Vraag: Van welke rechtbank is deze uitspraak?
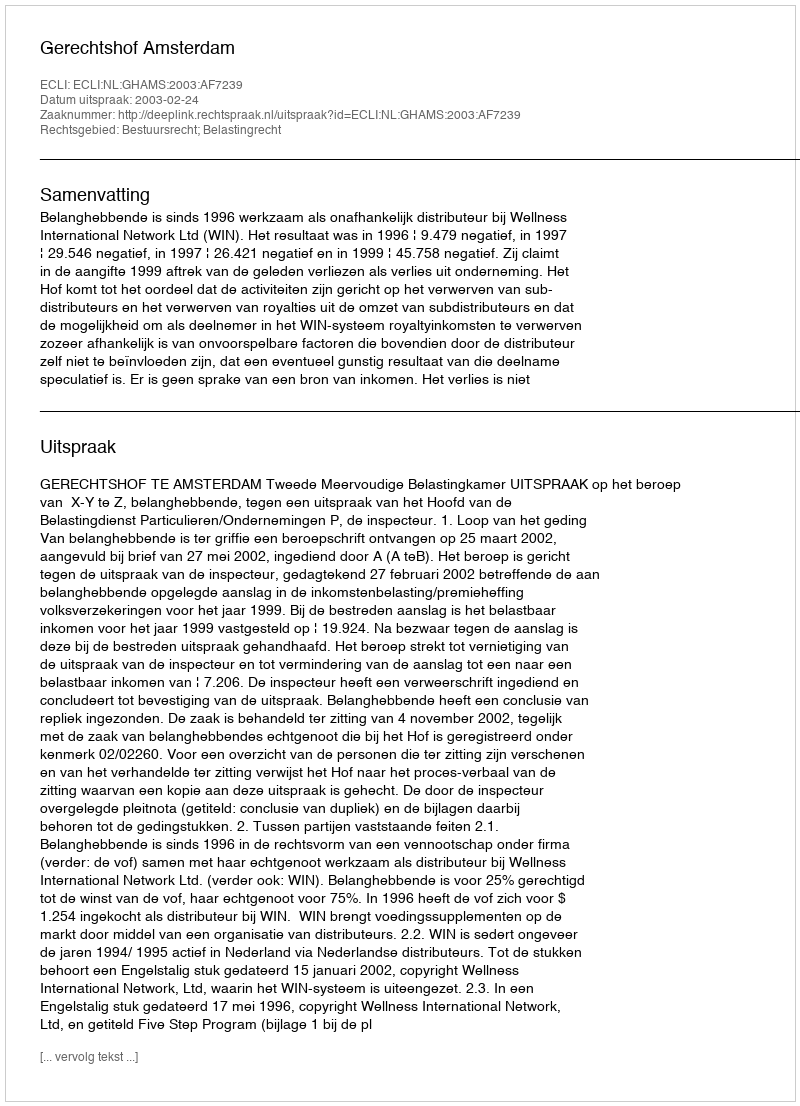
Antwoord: Gerechtshof Amsterdam